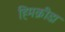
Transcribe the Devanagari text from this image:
हिमक्रीडा